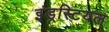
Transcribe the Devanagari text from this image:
इंड्रस्टियल